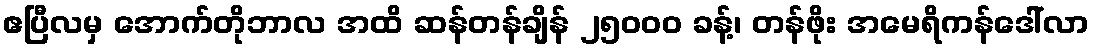
ဧပြီလမှ အောက်တိုဘာလ အထိ ဆန်တန်ချိန် ၂၅၀၀၀ ခန့်၊ တန်ဖိုး အမေရိကန်ဒေါ်လာ